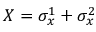
X = \sigma _ { x } ^ { 1 } + \sigma _ { x } ^ { 2 }